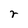
Character: r